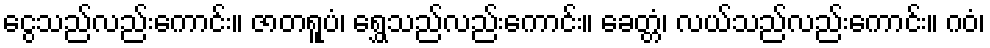
ငွေသည်လည်းကောင်း။ ဇာတရူပံ၊ ရွှေသည်လည်းကောင်း။ ခေတ္တံ၊ လယ်သည်လည်းကောင်း။ ဂဝံ၊